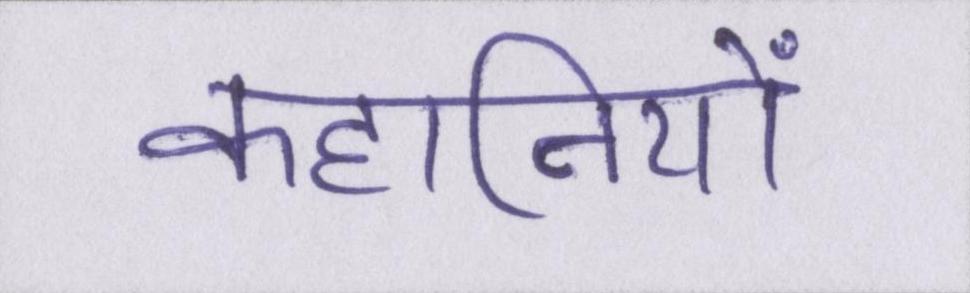
कहानियों